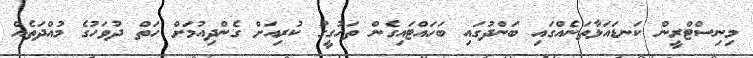
މިނިސްޓްރީން ކަނޑައަޅާތަނެއްގައި ބަންދުގައި ބަހައްޓައިގެން ތަހުގީގު ކުރިއަށް ގެންދިއުމަށް ހަތް ދުވަހުގެ މުއްދަތެއް